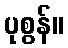
ပုစွန်။